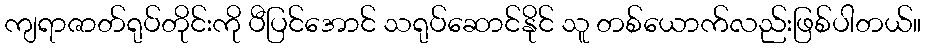
ကျရာဇာတ်ရုပ်တိုင်းကို ပီပြင်အောင် သရုပ်ဆောင်နိုင် သူ တစ်ယောက်လည်းဖြစ်ပါတယ်။